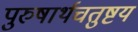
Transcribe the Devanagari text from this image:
पुरुषार्थचतुष्टय